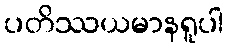
ပတိဿယမာနရူပါ